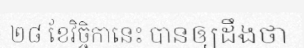
២៨ ខែវិច្ចិកានេះ បានឲ្យដឹងថា